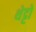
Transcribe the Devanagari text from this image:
थेट्टो